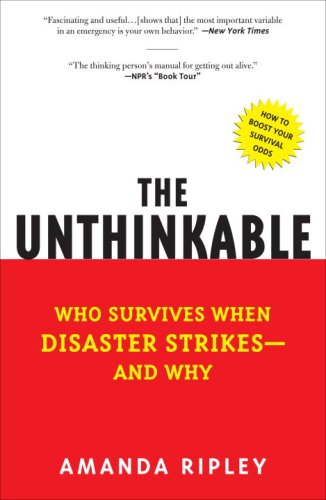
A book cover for The Unthinkable: Who Survives When Disaster Strikes - and Why; Amanda Ripley; Self-Help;